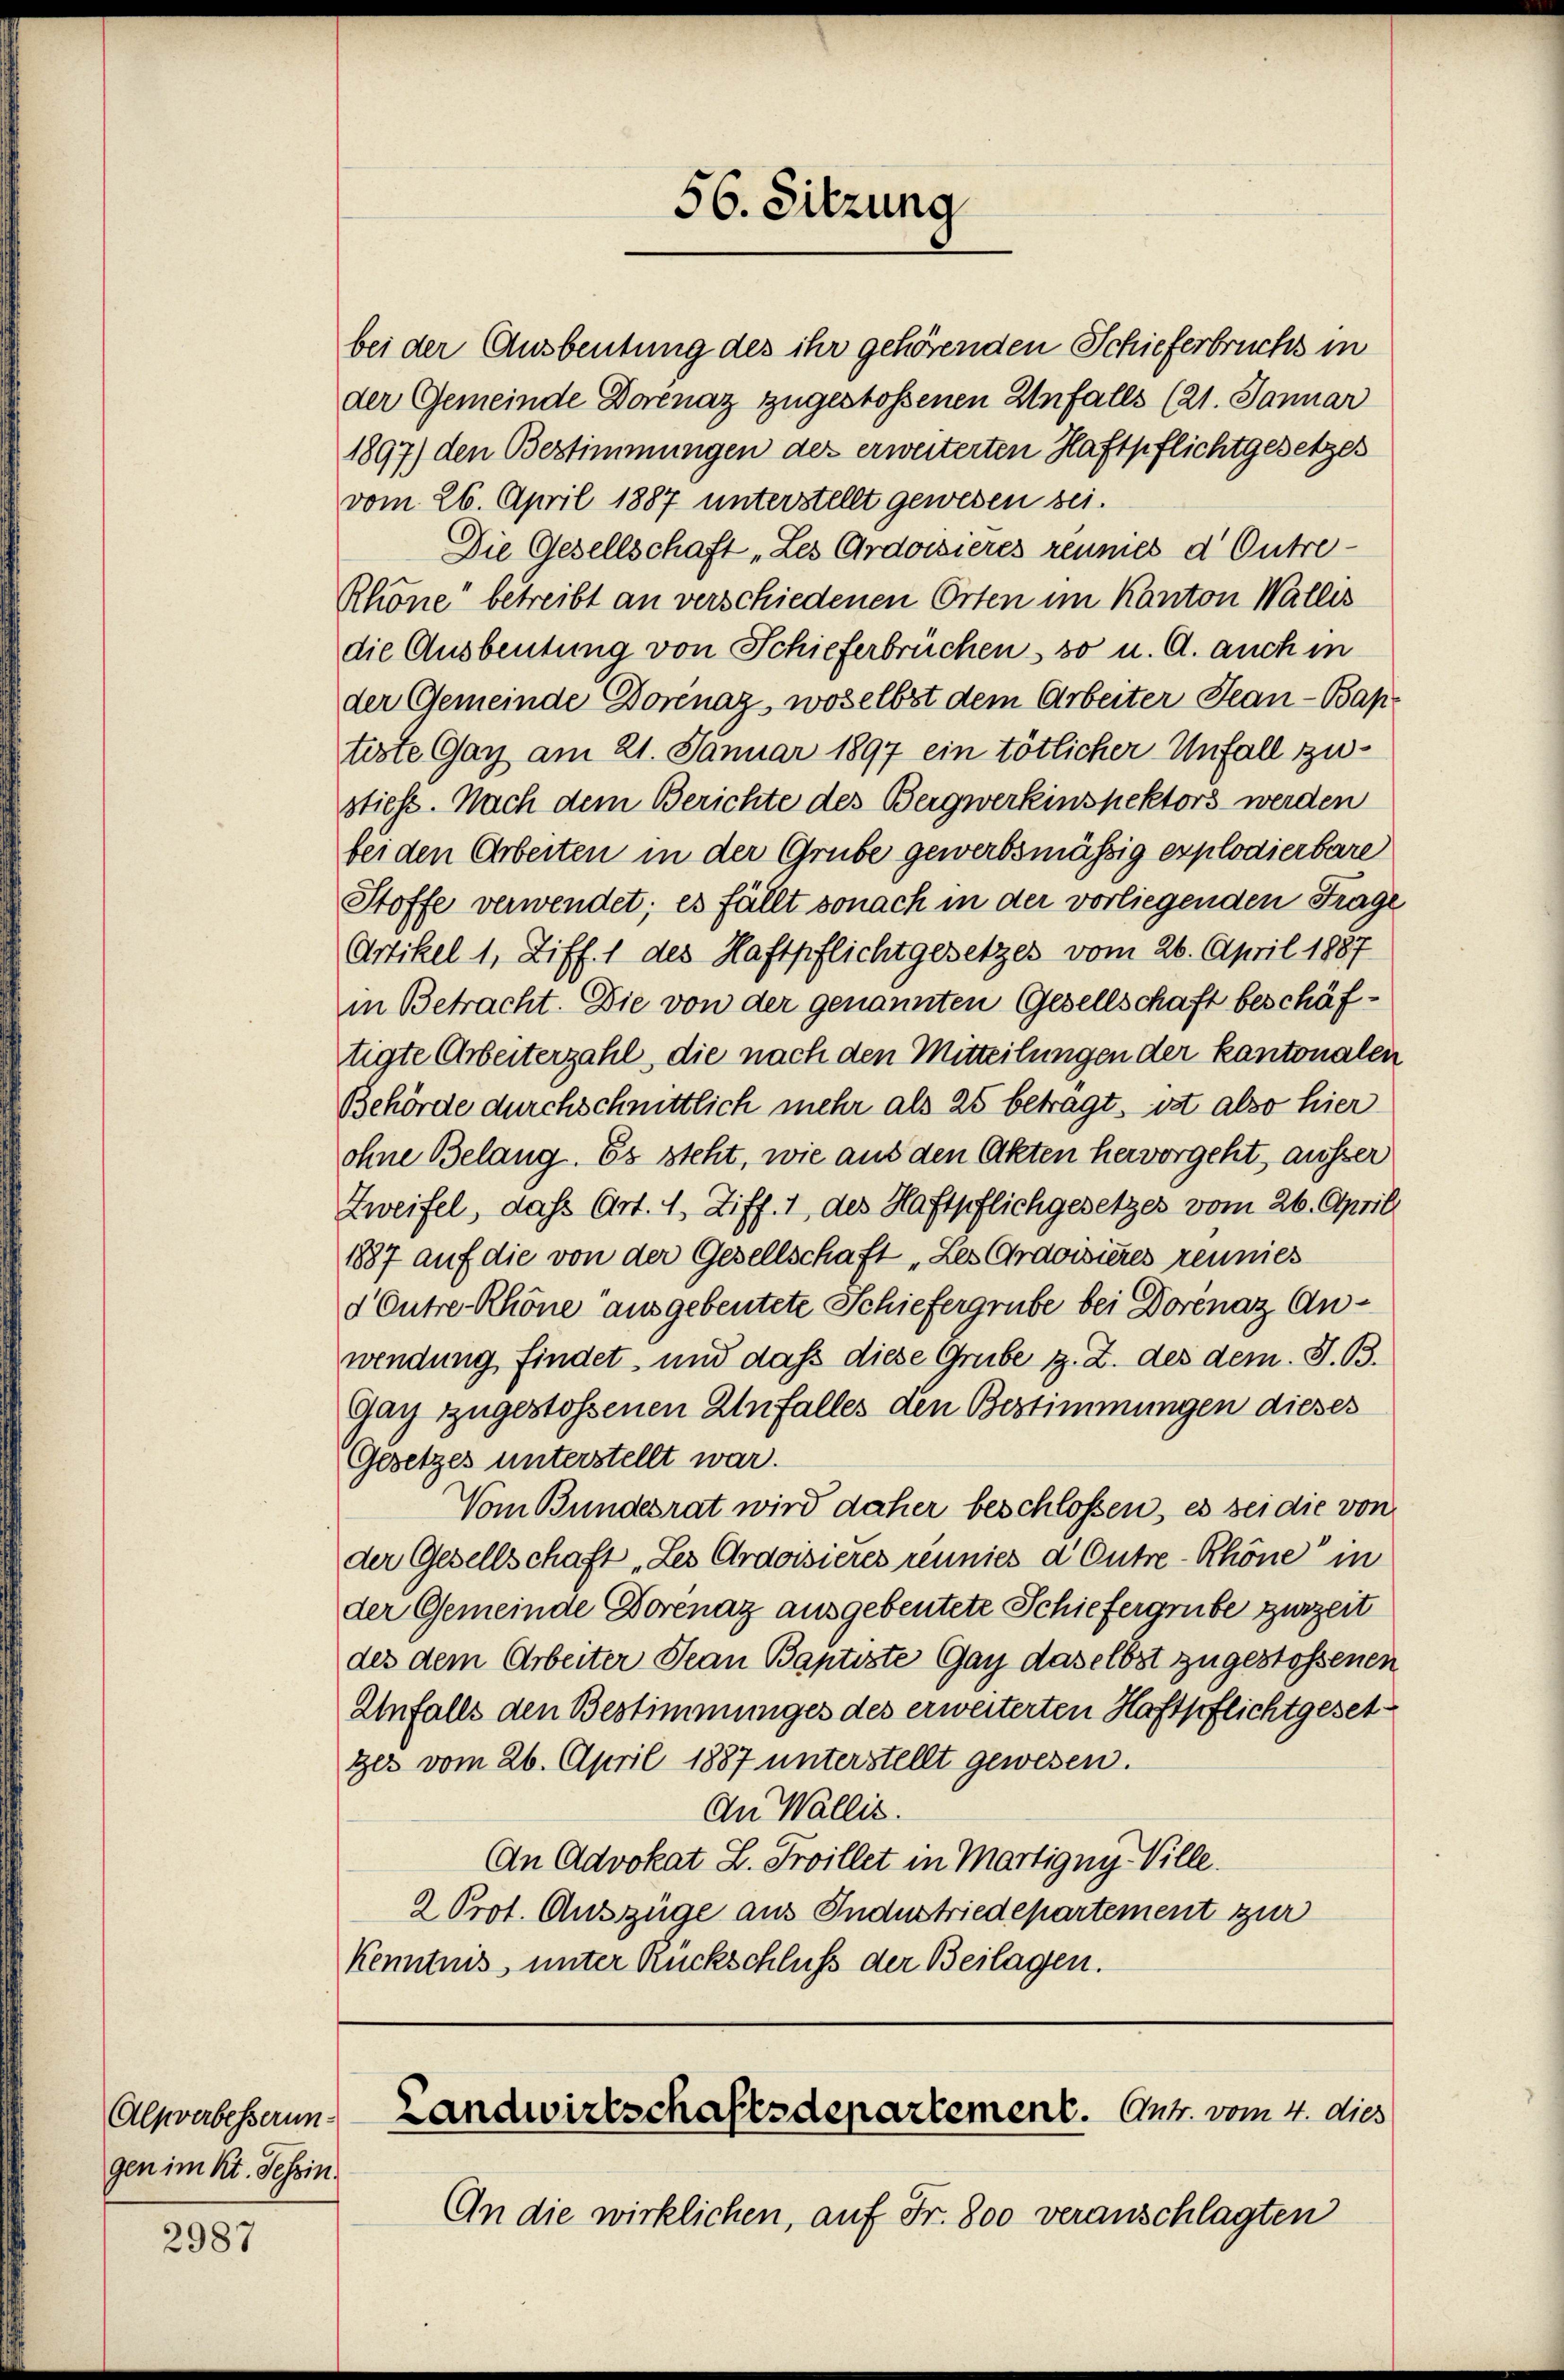
Alsverbesserungen im Kt. Tessin

2987

1897) den Bestimmungen der erweiterten Haftpflichtgesetzes
vom 26. April 1887 unterstellt gewesen sei.
Die Gesellschaft „Les Ordoisieres reumes d Outre¬
Rhöne“ betreibt an verschiedenen Orten im Kanton Wallis
die Ausbeutung von Schieferbrüchen, so u. A. auch in
der Gemeinde Dornaz, woselbst dem Arbeiter Jean - Bap
tiste Gay am 21. Januar 1897 ein tötlicher Unfall zustiess. Nach dem Berichte des Bergwerkinspektors werden
bei den Arbeiten in der Grube gewerbsmässig explodierbare
Stoffe verwendet; es fällt sonach in der vorliegenden Frage
Artikel 1, Ziff. 1 des Haftpflichtgesetzes vom 26. April 1887
in Betracht. Die von der genannten Gesellschaft beschäftigte Arbeiterzahl, die nach den Mitteilungen der kantonalen
Behörde durchschnittlich mehr als 25 betragt, ist also hier
ohne Belang. Es steht, wie aus den Akten hervorgeht, ausser
Zweifel, daß Art. 1, Ziff. 1 des Haftpflichgesetzes vom 26. April
1887 auf die von der Gesellschaft „Les Gravisieres reunies
d Outre-Rhöne ausgebeutete Schiefergrube bei Dorénaz Anwendung findet, und daß diese Grube z. Z. des dem. S. B.
Gay zugestossenen Anfalles den Bestimmungen dieses
Gesetzes unterstellt war.
Vom Bundesrat wird daher beschlossen, es sei die von
der Gesellschaft „Les Ordoisieres réunies d Outre-Rhöne in
der Gemeinde Dorenaz ausgebeutete Schiefergrube zurzeit
des dem Arbeiter Jean Baptiste Gay daselbst zugestossenen
Unfalls den Bestimmunges des erweiterten Haftpflichtgeset
ger vom 26. April 1887 unterstellt gewesen.
An Wallis.
An Advokat L. Troillet in Martigny-Ville.
2 Prot. Auszüge aus Industriedepartement zur
Kenntnis unter Rückschluß der Beilagen.

bei der Ausbeutung des ihr gehörenden Schieferbruchs in
der Gemeinde Dorenaz zugestossenen Unfalls (21. Januar

56. Sitzung

Landwirtschaftsdepartement. Ant. vom 4. dies

An die wirklichen, auf Fr. 800 veranschlagten